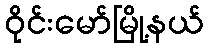
ဝိုင်းမော်မြို့နယ်